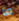
ما